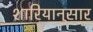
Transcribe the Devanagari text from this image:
शारियानुसार